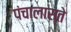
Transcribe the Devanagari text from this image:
पंचालास्ते